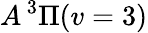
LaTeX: A\, {}^{3}\Pi(v=3)